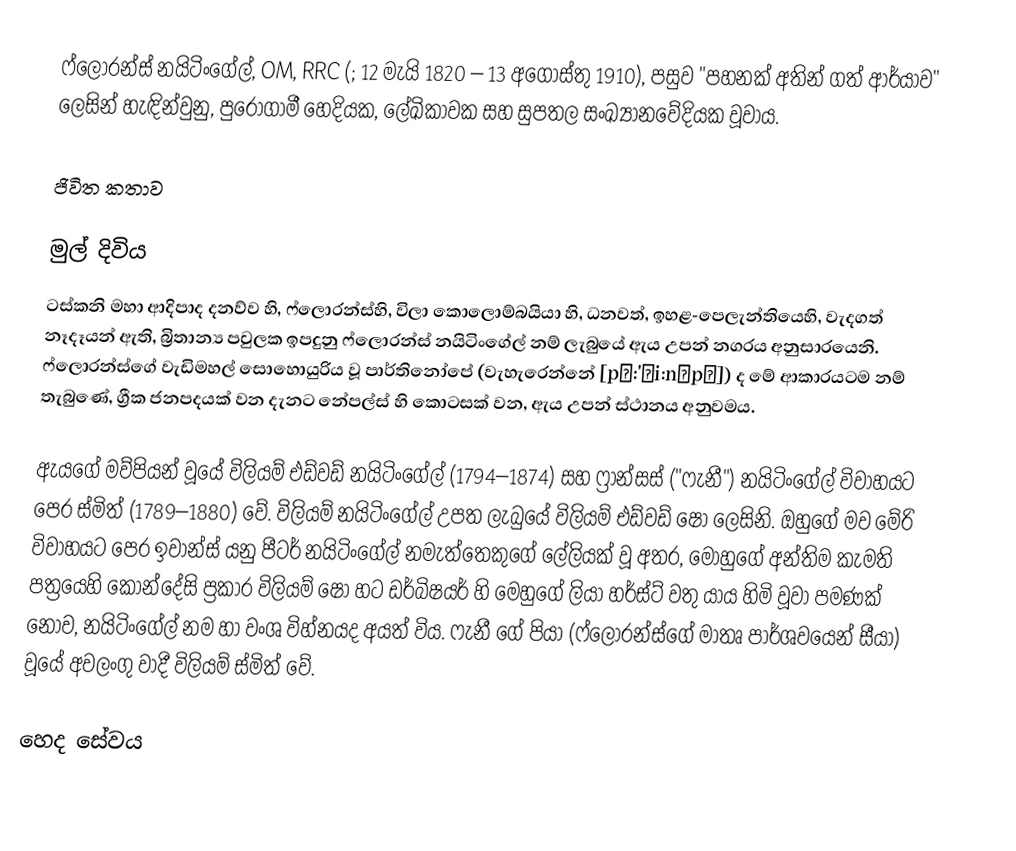
ෆ්ලොරන්ස් නයිටිංගේල්, OM, RRC (; 12 මැයි 1820 – 13 අගෝස්තු 1910), පසුව "පහනක් අතින් ගත් ආර්යාව" ලෙසින් හැඳින්වුනු,  පුරෝගාමී හෙදියක, ලේඛිකාවක සහ  සුපතල  සංඛ්‍යානවේදියක වූවාය.

ජිවිත කතාව

මුල් දිවිය
ටස්කනි මහා ආදිපාද දනව්ව හි, ෆ්ලොරන්ස්හි, විලා  කොලොම්බයියා හි,  ධනවත්, ඉහළ-පෙලැන්තියෙහි, වැදගත් නෑදෑයන් ඇති,  බ්‍රිතාන්‍ය පවුලක ඉපදුනු ෆ්ලොරන්ස් නයිටිංගේල් නම් ලැබුයේ ඇය උපන් නගරය අනුසාරයෙනි. ෆ්ලොරන්ස්ගේ වැඩිමහල් සොහොයුරිය වූ  පාර්තිනෝපේ (වැහැරෙන්නේ [pɑ:'θi:nəpɪ]) ද  මේ ආකාරයටම නම් තැබුණේ,  ග්‍රීක ජනපදයක් වන දැනට  නේපල්ස් හි කොටසක් වන, ඇය උපන් ස්ථානය අනුවමය.

ඇයගේ මව්පියන්  වූයේ  විලියම්  එඩ්වඩ් නයිටිංගේල් (1794–1874) සහ  ෆ්‍රාන්සස් ("ෆැනී") නයිටිංගේල් විවාහයට පෙර ස්මිත් (1789–1880) වේ. විලියම් නයිටිංගේල් උපත ලැබුයේ විලියම් එඩ්වඩ් ෂෝ ලෙසිනි. ඔහුගේ මව මේරි  විවාහයට පෙර ඉවාන්ස් යනු පීටර් නයිටිංගේල් නමැත්තෙකුගේ  ලේලියක් වූ අතර, මොහුගේ අන්තිම කැමති පත්‍රයෙහි  කොන්දේසි ප්‍රකාර විලියම් ෂෝ හට ඩර්බිෂයර් හි මෙහුගේ ලියා හර්ස්ට් වතු යාය හිමි වූවා පමණක් නොව, නයිටිංගේල් නම හා වංශ විහ්නයද අයත් විය. ෆැනී ගේ පියා  (ෆ්ලොරන්ස්ගේ මාතෘ පාර්ශවයෙන්  සීයා) වූයේ අවලංගු වාදී විලියම් ස්මිත් වේ.

හෙද සේවය